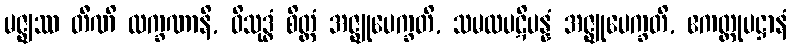
မဇ္ဈဿ တီဏိ လက္ခဏာနိ, ဝိသုဒ္ဓံ စိတ္တံ အဇ္ဈုပေက္ခတိ, သမထပဋိပန္နံ အဇ္ဈုပေက္ခတိ, ဧကတ္တုပဋ္ဌာနံ